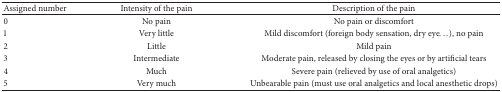
| Assigned number | Intensity of the pain | Description of the pain |
 | --- | --- | --- |
 | 0 | No pain | No pain or discomfort |
 | 1 | Very little | Mild discomfort (foreign body sensation, dry eye...), no pain |
 | 2 | Little | Mild pain |
 | 3 | Intermediate | Moderate pain, released by closing the eyes or by artificial tears |
 | 4 | Much | Severe pain (relieved by use of oral analgetics) |
 | 5 | Very much | Unbearable pain (must use oral analgetics and local anesthetic drops) |